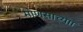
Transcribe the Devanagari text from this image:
माणसाच्याा